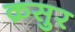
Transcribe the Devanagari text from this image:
क़सुर